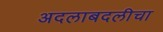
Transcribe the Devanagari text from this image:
अदलाबदलीचा